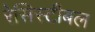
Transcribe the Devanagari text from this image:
रेसिस्टीबल